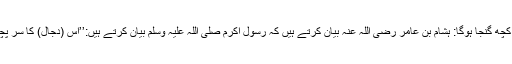
دجال کا سر پچھلی جانب سے کچھ گنجا ہوگا: ہشام بن عامر رضی اللہ عنہ بیان کرتے ہیں کہ رسول اکرم صلی اللہ علیہ وسلم بیان کرتے ہیں:’’اس (دجال) کا سر پچھلی جانب سے کچھ گنجا ہوگا۔